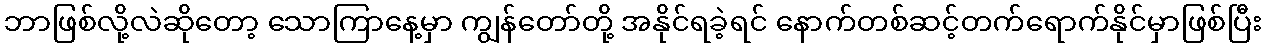
ဘာဖြစ်လို့လဲဆိုတော့ သောကြာနေ့မှာ ကျွန်တော်တို့ အနိုင်ရခဲ့ရင် နောက်တစ်ဆင့်တက်ရောက်နိုင်မှာဖြစ်ပြီး